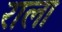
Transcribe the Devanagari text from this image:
राला